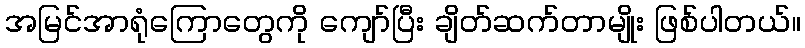
အမြင်အာရုံကြောတွေကို ကျော်ပြီး ချိတ်ဆက်တာမျိုး ဖြစ်ပါတယ်။